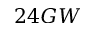
2 4 G W